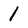
Character: 1